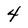
Character: 4